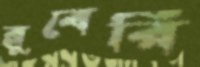
ব্লুবেরি